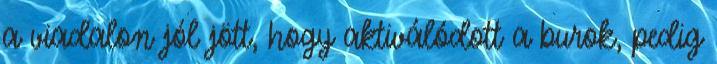
a viadalon jól jött, hogy aktiválódott a burok, pedig